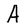
Character: A